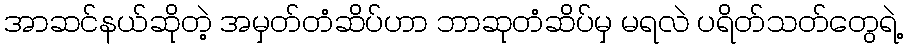
အာဆင်နယ်ဆိုတဲ့ အမှတ်တံဆိပ်ဟာ ဘာဆုတံဆိပ်မှ မရလဲ ပရိတ်သတ်တွေရဲ့